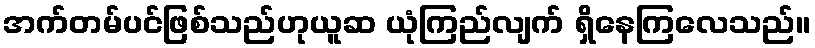
အက်တမ်ပင်ဖြစ်သည်ဟုယူဆ ယုံကြည်လျက် ရှိနေကြလေသည်။